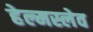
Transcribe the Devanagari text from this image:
हेल्मस्लेव